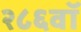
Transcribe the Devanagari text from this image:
२८६वॉ